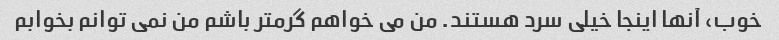
خوب، آنها اینجا خیلی سرد هستند. من می خواهم گرمتر باشم من نمی توانم بخوابم